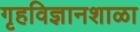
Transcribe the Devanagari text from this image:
गृहविज्ञानशाळा